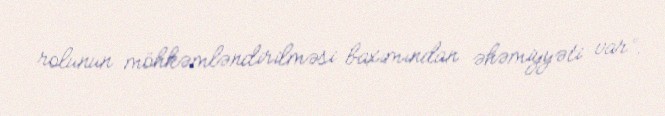
rolunun möhkəmləndirilməsi baxımından əhəmiyyəti var”.